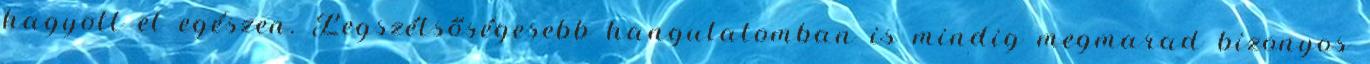
hagyott el egészen. Legszélsőségesebb hangulatomban is mindig megmarad bizonyos